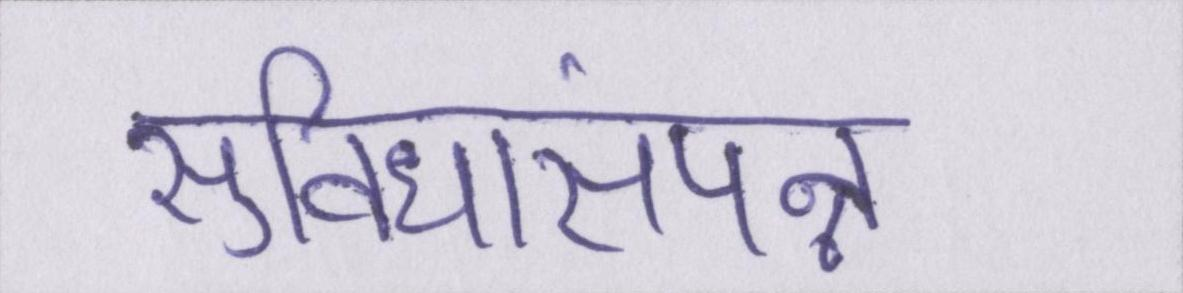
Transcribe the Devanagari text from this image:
सुविधासंपन्न